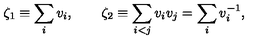
\zeta _ { 1 } \equiv \sum _ { i } v _ { i } , \qquad \zeta _ { 2 } \equiv \sum _ { i < j } v _ { i } v _ { j } = \sum _ { i } v _ { i } ^ { - 1 } ,